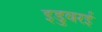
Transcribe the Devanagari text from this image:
इडुवरई